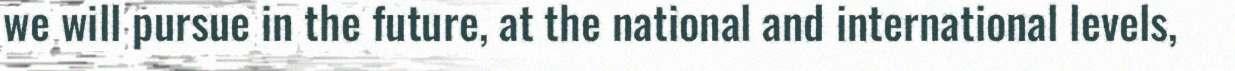
we will pursue in the future, at the national and international levels,